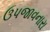
ઉપજાવનારા